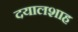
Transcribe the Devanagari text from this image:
दयालशाह